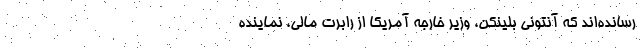
رسانده‌اند که آنتونی بلینکن، وزیر خارجه آمریکا از رابرت مالی، نماینده